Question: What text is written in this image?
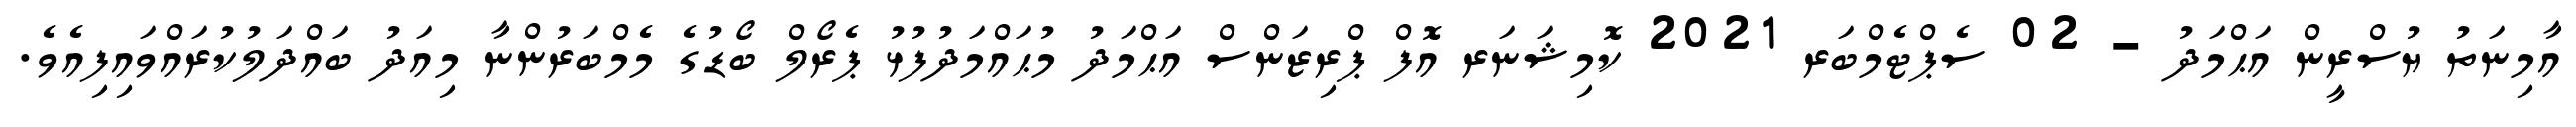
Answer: އާމިނަތު ޔުސްރީން އަޙްމަދު - 02 ސެޕްޓެމްބަރ 2021 ކޮމިޝަނަރ އޮފް ޕްރިޒަންސް އަޙްމަދު މުޙައްމަދުފުޅު ޕެރޯލް ބޯޑުގެ މެމްބަރުންނާ މިއަދު ބައްދަލުކުރައްވައިފިއެވެ.